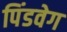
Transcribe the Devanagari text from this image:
पिंडवेग